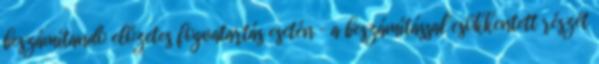
beszámítandó előzetes fogvatartás esetén – a beszámítással csökkentett részét